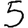
Digit: 5